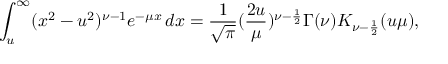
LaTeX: \int _ { u } ^ { \infty } ( x ^ { 2 } - u ^ { 2 } ) ^ { \nu - 1 } e ^ { - \mu x } \, d x = \frac { 1 } { \sqrt { \pi } } ( \frac { 2 u } { \mu } ) ^ { \nu - \frac { 1 } { 2 } } \Gamma ( \nu ) K _ { \nu - \frac { 1 } { 2 } } ( u \mu ) ,